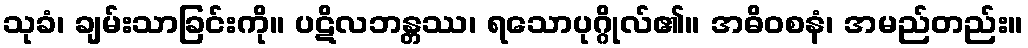
သုခံ၊ ချမ်းသာခြင်းကို။ ပဋိလဘန္တဿ၊ ရသောပုဂ္ဂိုလ်၏။ အဓိဝစနံ၊ အမည်တည်း။